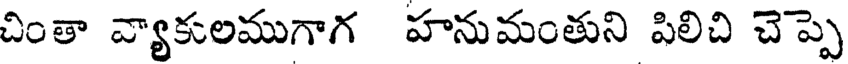
చింతా వ్యాకులముగాగ హనుమంతుని పిలిచి చెప్పె